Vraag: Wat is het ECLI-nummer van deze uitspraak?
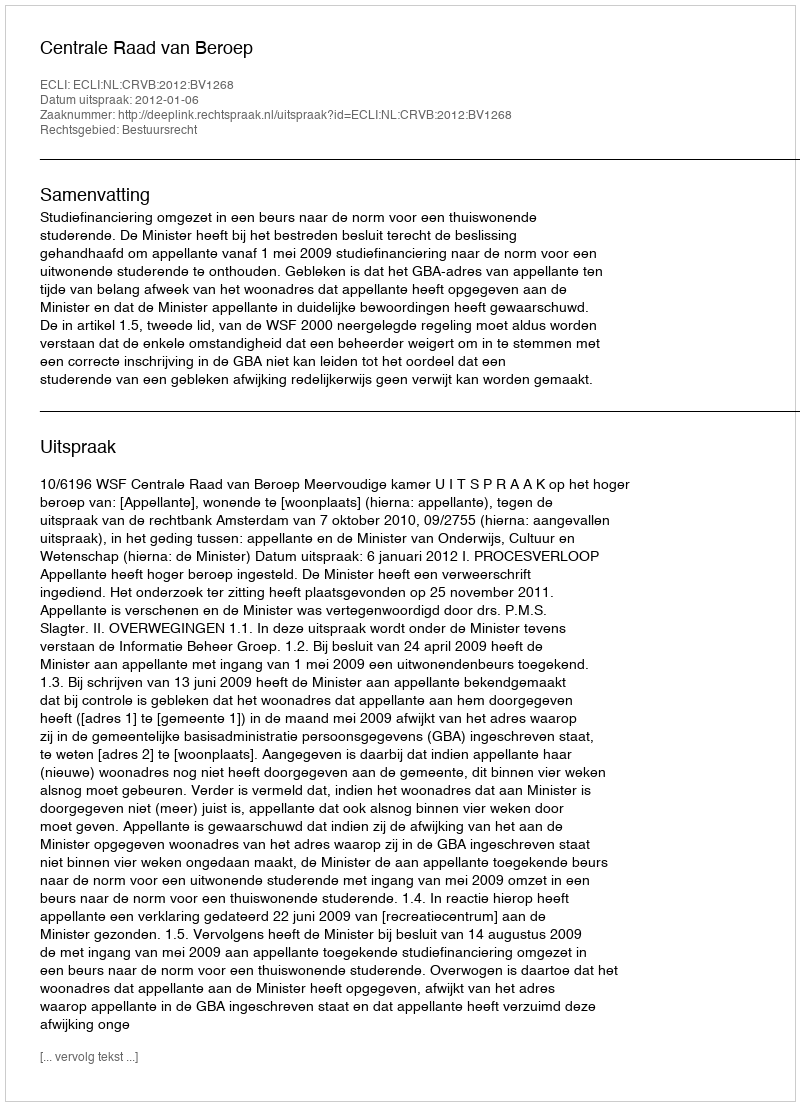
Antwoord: ECLI:NL:CRVB:2012:BV1268